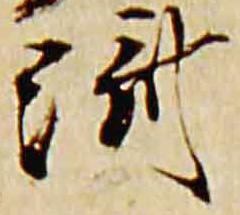
済